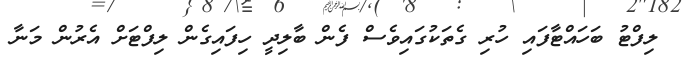
ލިފްޓު ބަހައްޓާފައި ހުރި ގެތަކުގައިވެސް ފެން ބާލިދީ ހިފައިގެން ލިފްޓަށް އެރުން މަނާ